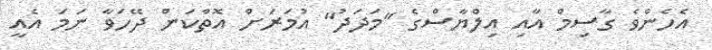
އެހެންވެ ގާސިމް އާއި އިލްޔާސްގެ "މަދަދު" އުމަރަށް އޮތްކަން ދޭހަވާ ނަމަ އެއީ